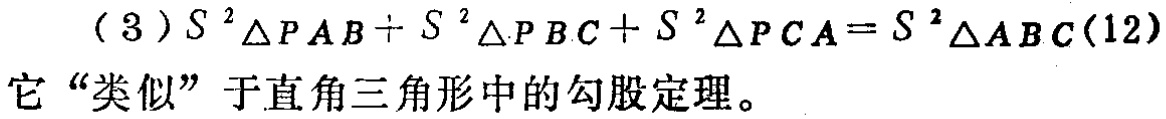
（3）$S^{2}_{\triangle PAB}+S^{2}_{\triangle PBC}+S^{2}_{\triangle PCA}=S^{2}_{\triangle ABC}(12)$
它“类似”于直角三角形中的勾股定理。